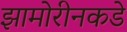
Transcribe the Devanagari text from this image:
झामोरीनकडे